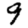
Digit: 9